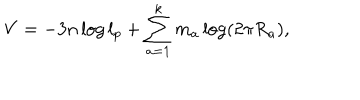
LaTeX: V = - 3 n \log l _ { p } + \sum _ { a = 1 } ^ { k } m _ { a } \log ( 2 \pi R _ { a } ) ,